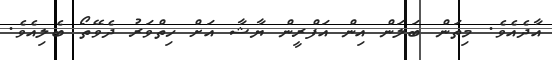
އާދެއެވެ. މިތަން ބަލަން އިން އަފްރީން ޔާޝާ އަށް ހިތްވަރު ދެވޭތޯ ބެލިއެވެ.